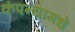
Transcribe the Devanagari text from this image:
कंपन्यांमधे